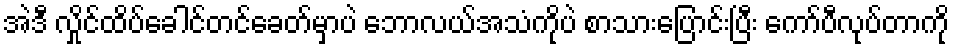
အဲဒီ လှိုင်ထိပ်ခေါင်တင်ခေတ်မှာပဲ ဘောလယ်အသံကိုပဲ စာသားပြောင်းပြီး ကော်ပီလုပ်တာကို